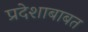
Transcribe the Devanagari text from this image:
प्रदेशाबाबत